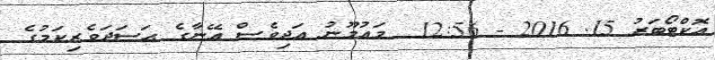
އޮކްޓޯބަރު 15